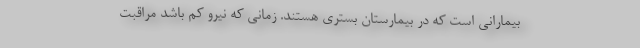
بیمارانی است که در بیمارستان بستری هستند. زمانی که نیرو کم باشد مراقبت